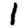
Digit: 1